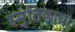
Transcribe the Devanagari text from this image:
स्मृतिछाया